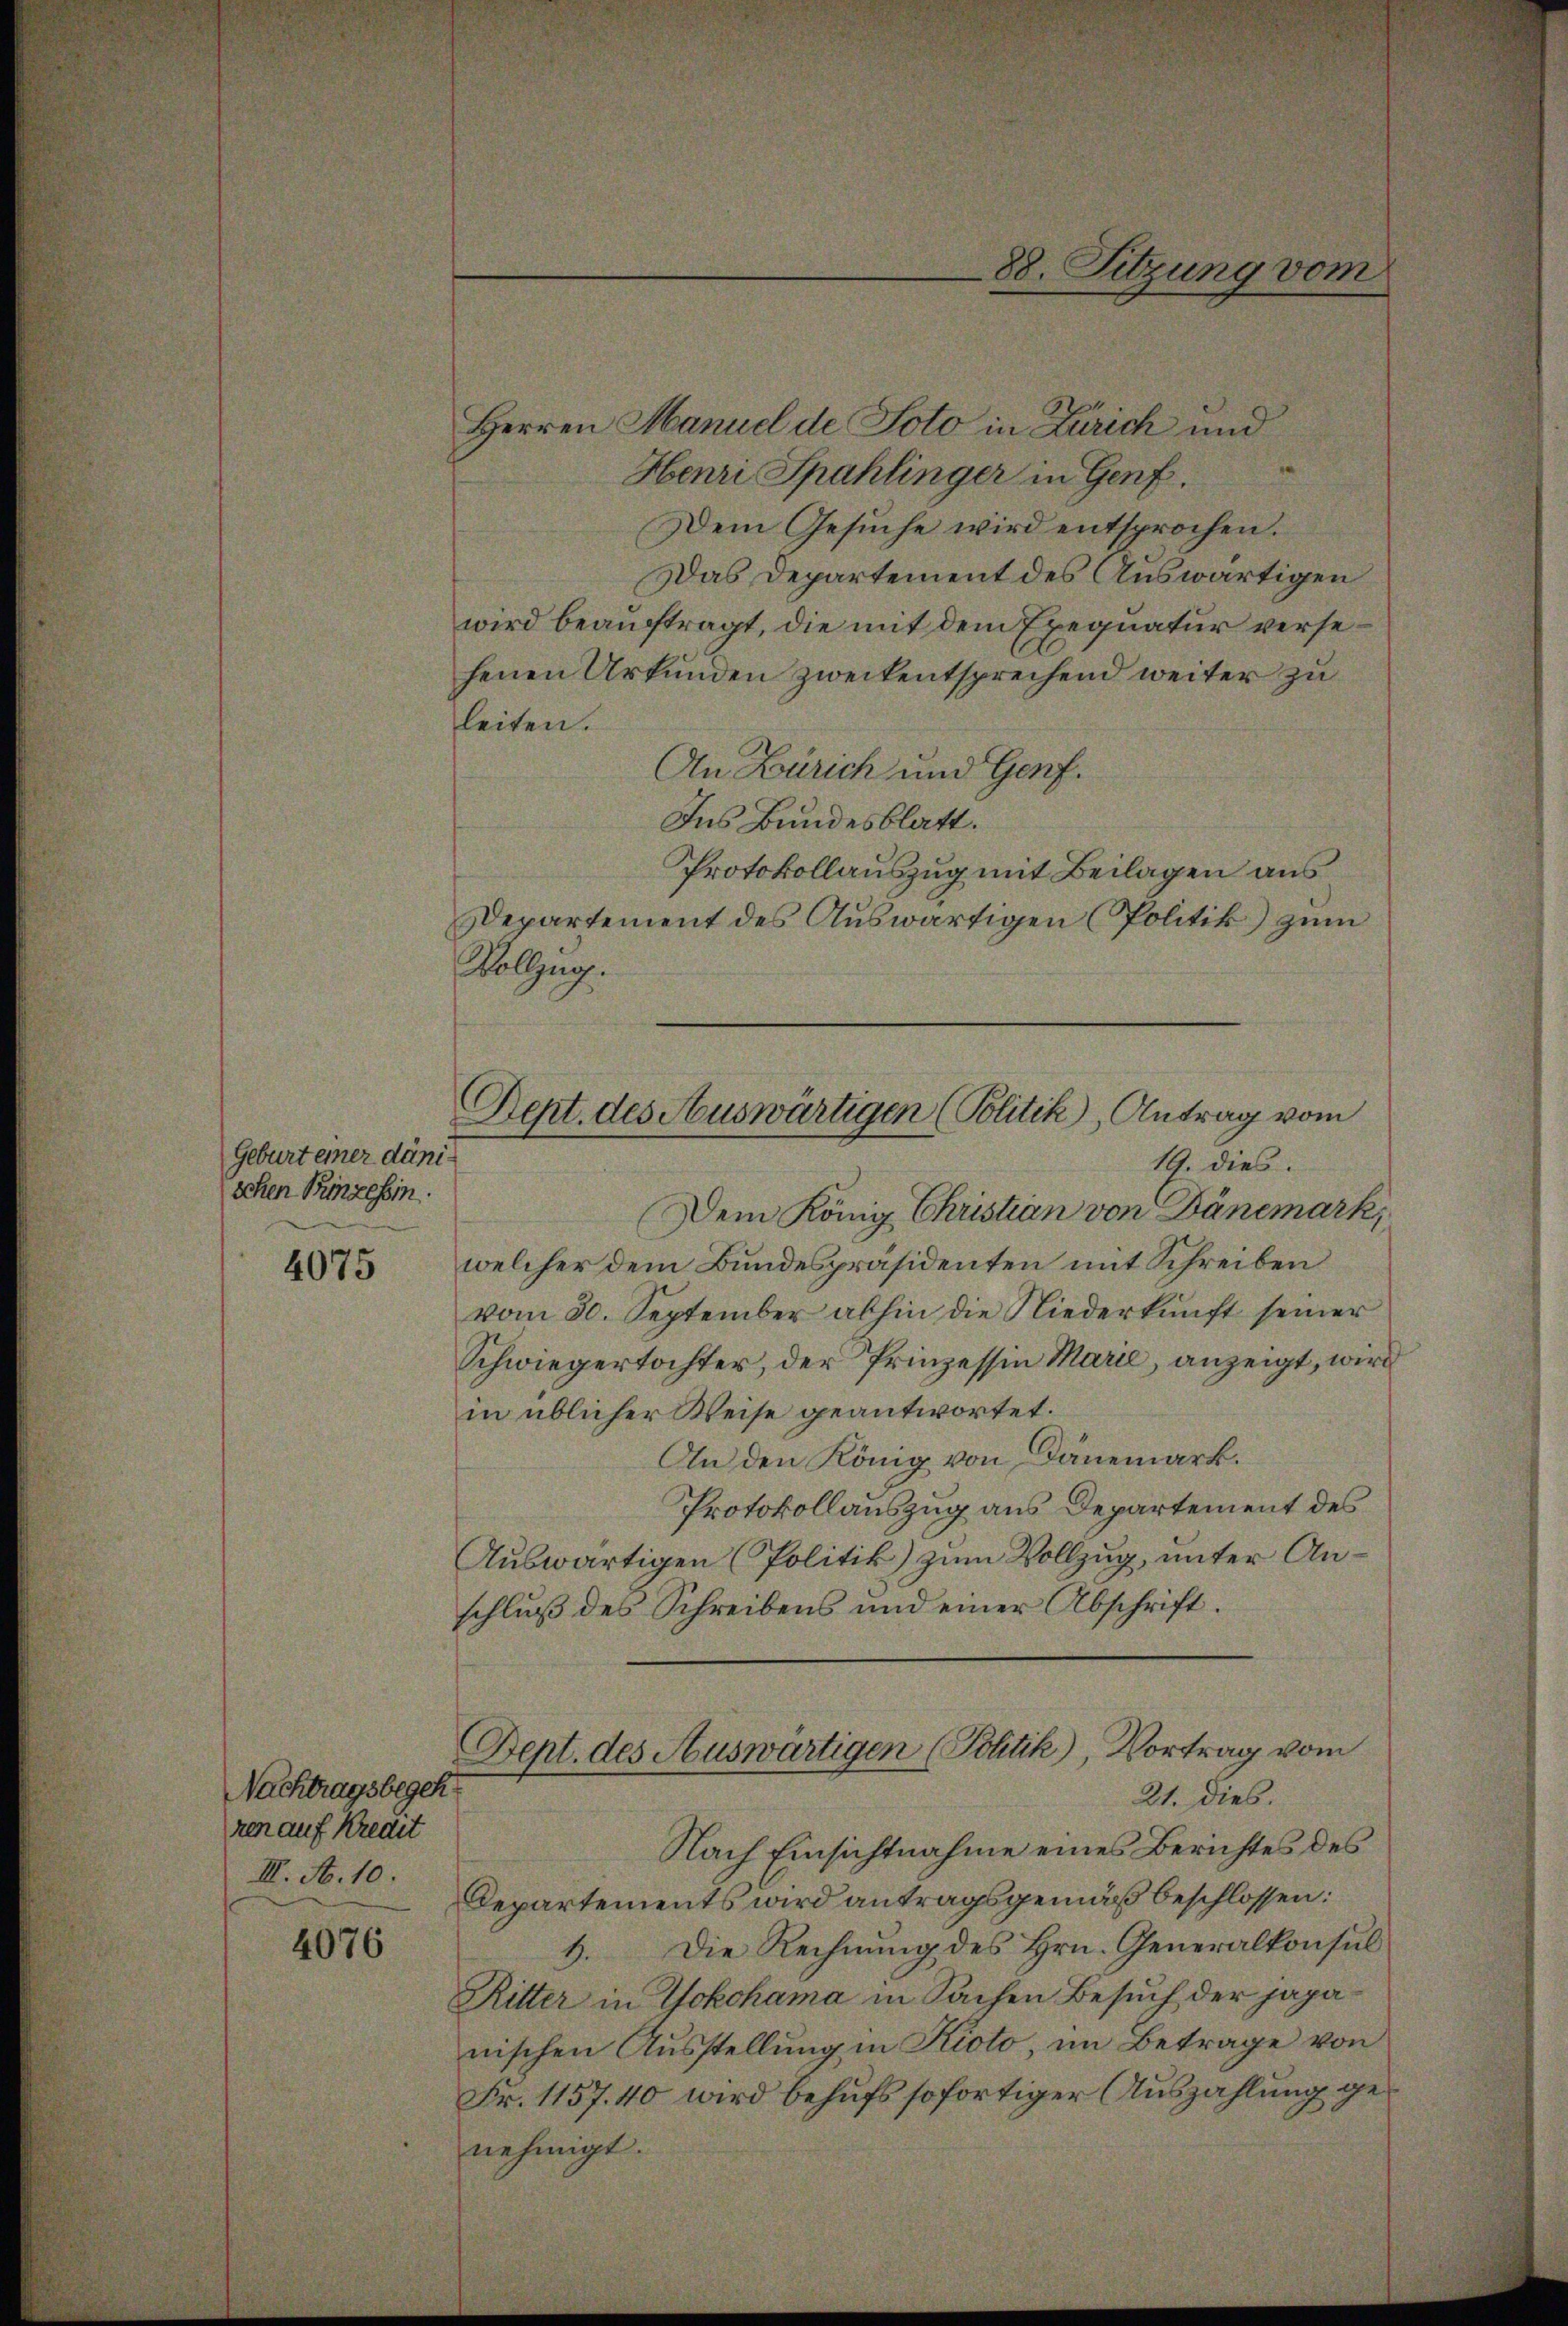
Geburt einer dänischen Binzessin.

4075

Nachtragsbegeh
ren auf Kredit
III. A. 10.

4076

Herren Manuel de Soto in Zürich und
Henri Spahlinger in Genf.
Dem Gesuche wird entsprochen.
Das Departement des Auswärtigen
wird beauftragt, die mit dem Exequatur versehenen Urkunden zweckentsprechend weiter zu
leiten.
An Zürich und Genf.
Ins Bundesblatt.
Protokollauszug mit Beilagen aus
Departement des Auswärtigen (Politik zum
Vollzug.
Dept. des Auswärtigen (Politik, Antrag vom
19. dies.
Dem König. Christian von Dänemark,
welcher dem Bundespräsidenten mit Schreiben
vom 30. September abhin die Niederkŭnft seiner
Schwiegertochter, der Prinzessin Marie, anzeigt, wird
in üblicher Weise geantwortet.
An den König von Dänemark.
Protokollauszug aus Departement des
Auswärtigen (Politik) zum Vollzug, unter Anschluß des Schreibens und einer Abschrift.

88. Sitzung vom

.
Dept. des Auswärtigen (Politik), Vortrag vom
21. dies.

Nach Einsichtnahme eines Berichtes des
Departements wird antragsgemäß beschlossen:
1. Die Rechnung des Hrn. Generalkonsul
Ritter in Yokohama in Sachen Besuch der japanischen Ausstellung in Kioto, im Betrage von
Fr. 1157. 40 wird behufs sofortiger Auszahlung genehmigt.